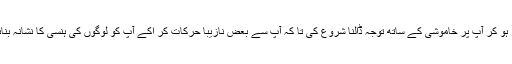
اس نے حضرت مسیح موعود علیہ السلام کی مجلس میں حاضر ہو کر آپؑ پر خاموشی کے ساتھ توجہ ڈالنا شروع کی تا کہ آپؑ سے بعض نازیبا حرکات کر اکے آپؑ کو لوگوں کی ہنسی کا نشانہ بنائے مگر جب آپؑ نے اس پر توجہ ڈالی تو وہ چیخ مار کر بھاگا۔